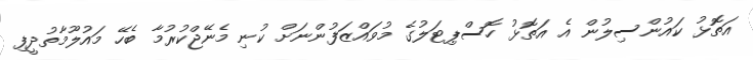
އަތޮޅު ކައުންސިލުން އެ އަތޮޅު ހޮސްޕިޓަލުގެ މުވައްޒަފުންނަށް ކުނި މެނޭޖްކުރުމާ ބެހޭ މައުލޫމާތުދީފި